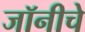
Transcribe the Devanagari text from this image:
जॉनीचे